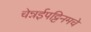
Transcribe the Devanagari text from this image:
चेन्नईपट्टिनमचे